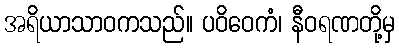
အရိယာသာဝကသည်။ ပဝိဝေကံ၊ နီဝရဏတို့မှ